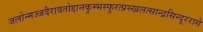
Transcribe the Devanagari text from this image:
जलोन्मज्जदैरावतोद्दानकुम्भस्फुरत्प्रस्खलत्सान्द्रसिन्दूररागे